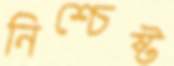
নিশ্চেষ্ট